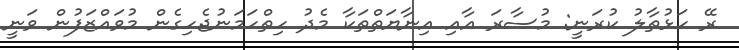
ރޭ ހަޅުތާލު ކުރަނީ: މުސާރަ އާއި އިނާޔަތްތަކާ މެދު ހިތްހަމަނުޖެހިގެން މުވައްޒަފުން ވަނީ